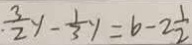
. \frac { 3 } { 2 } y - \frac { 1 } { 3 } y = b - 2 \frac { 1 } { 2 }